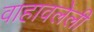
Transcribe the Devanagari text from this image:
वाहावलेली